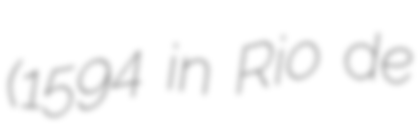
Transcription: (1594 in Rio de